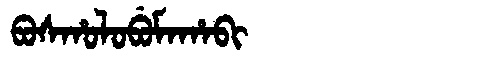
Manchu: ᠪᠣᠰᡥᠣᠯᠣᠪᡠᠮᠠᡥᠠᠪᡳ
Romanization: BOSHOLOBUMAHABI